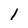
Character: 1